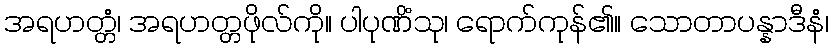
အရဟတ္တံ၊ အရဟတ္တဖိုလ်ကို။ ပါပုဏိံသု၊ ရောက်ကုန်၏။ သောတာပန္နာဒီနံ၊